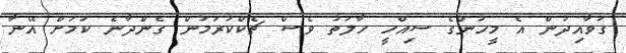
ގަވާއިދުން އެ މީހުންގެ ސިއްހީ ހާލަތު ވެސް ޗެކްކުރަމުން ގެންދާނެ ކަމަށް އޭނާ